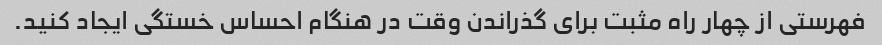
فهرستی از چهار راه مثبت برای گذراندن وقت در هنگام احساس خستگی ایجاد کنید.